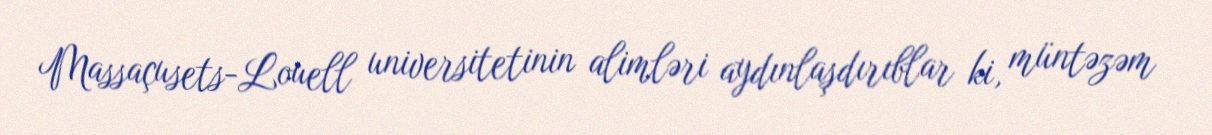
Massaçusets-Louell universitetinin alimləri aydınlaşdırıblar ki, müntəzəm